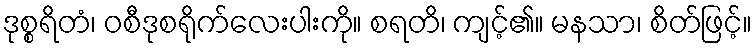
ဒုစ္စရိတံ၊ ဝစီဒုစရိုက်လေးပါးကို။ စရတိ၊ ကျင့်၏။ မနသာ၊ စိတ်ဖြင့်။